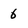
Character: 6